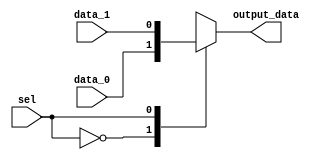
module mux_2x1 (
    input wire sel,
    input wire data_0,
    input wire data_1,
    output reg output_data
);

always @(*)
begin
    case (sel)
        1'b0: output_data = data_0;
        1'b1: output_data = data_1;
        default: output_data = 1'bx; //       'x' 
    endcase
end

endmodule